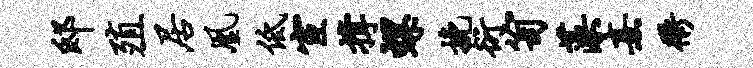
邸殖居凰低宦撑螺挽衍笥藻熹衢